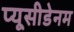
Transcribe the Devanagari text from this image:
प्यूसीडेनम